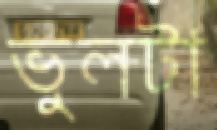
ভুলটা